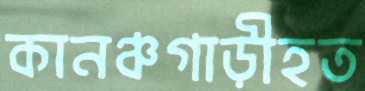
কানঞ্চগাড়ীহত